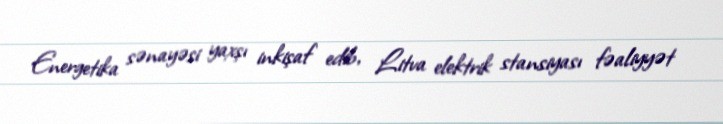
Energetika sənayəsi yaxşı inkişaf edib, Litva elektrik stansiyası fəaliyyət